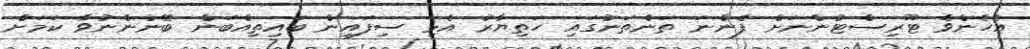
އެހެންވެ ޓޫރިސްޓުންނަށް ފެންނަ ތަންތަނުގައި ހަތިޔާރު އެޅި ސިފައިން ބައިތިއްބަން ބޭނުންނުވާ ކަމަށް